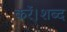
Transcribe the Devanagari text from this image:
करें।शब्द